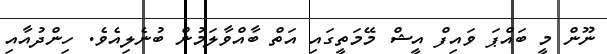
ނޫން މީ ބައްޕަ ވައިފް އީޝް މޭމަތީގައި އަތް ބާއްވާލަމުން ބުނެލިއެވެ. ހިންދުއާއި